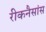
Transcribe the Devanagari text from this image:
रीकनैसांस